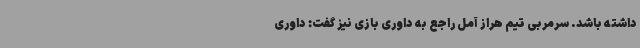
داشته باشد. سرمربی تیم هراز آمل راجع به داوری بازی نیز گفت: داوری